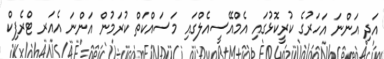
އަދި އަންނަ އަހަރުގެ ކުރީކޮޅުގައި އެމްއޭސީއެލްގައި މަސައްކަތް ކުރަމުން އަންނަ އެއަރ ޓްރެފިކް